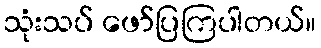
သုံးသပ် ဖော်ပြကြပါတယ်။